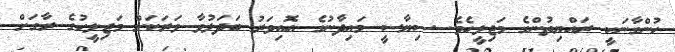
ހުންގާނަކީ ރައްޔިތުންގެ މަޖިލީހެވެ. ސިޔާސީ މައިދާނުގެ އޮއިވަރު ބަދަލުވާ ވަރަކަށް މަޖިލީހުގެ ރާގަށް